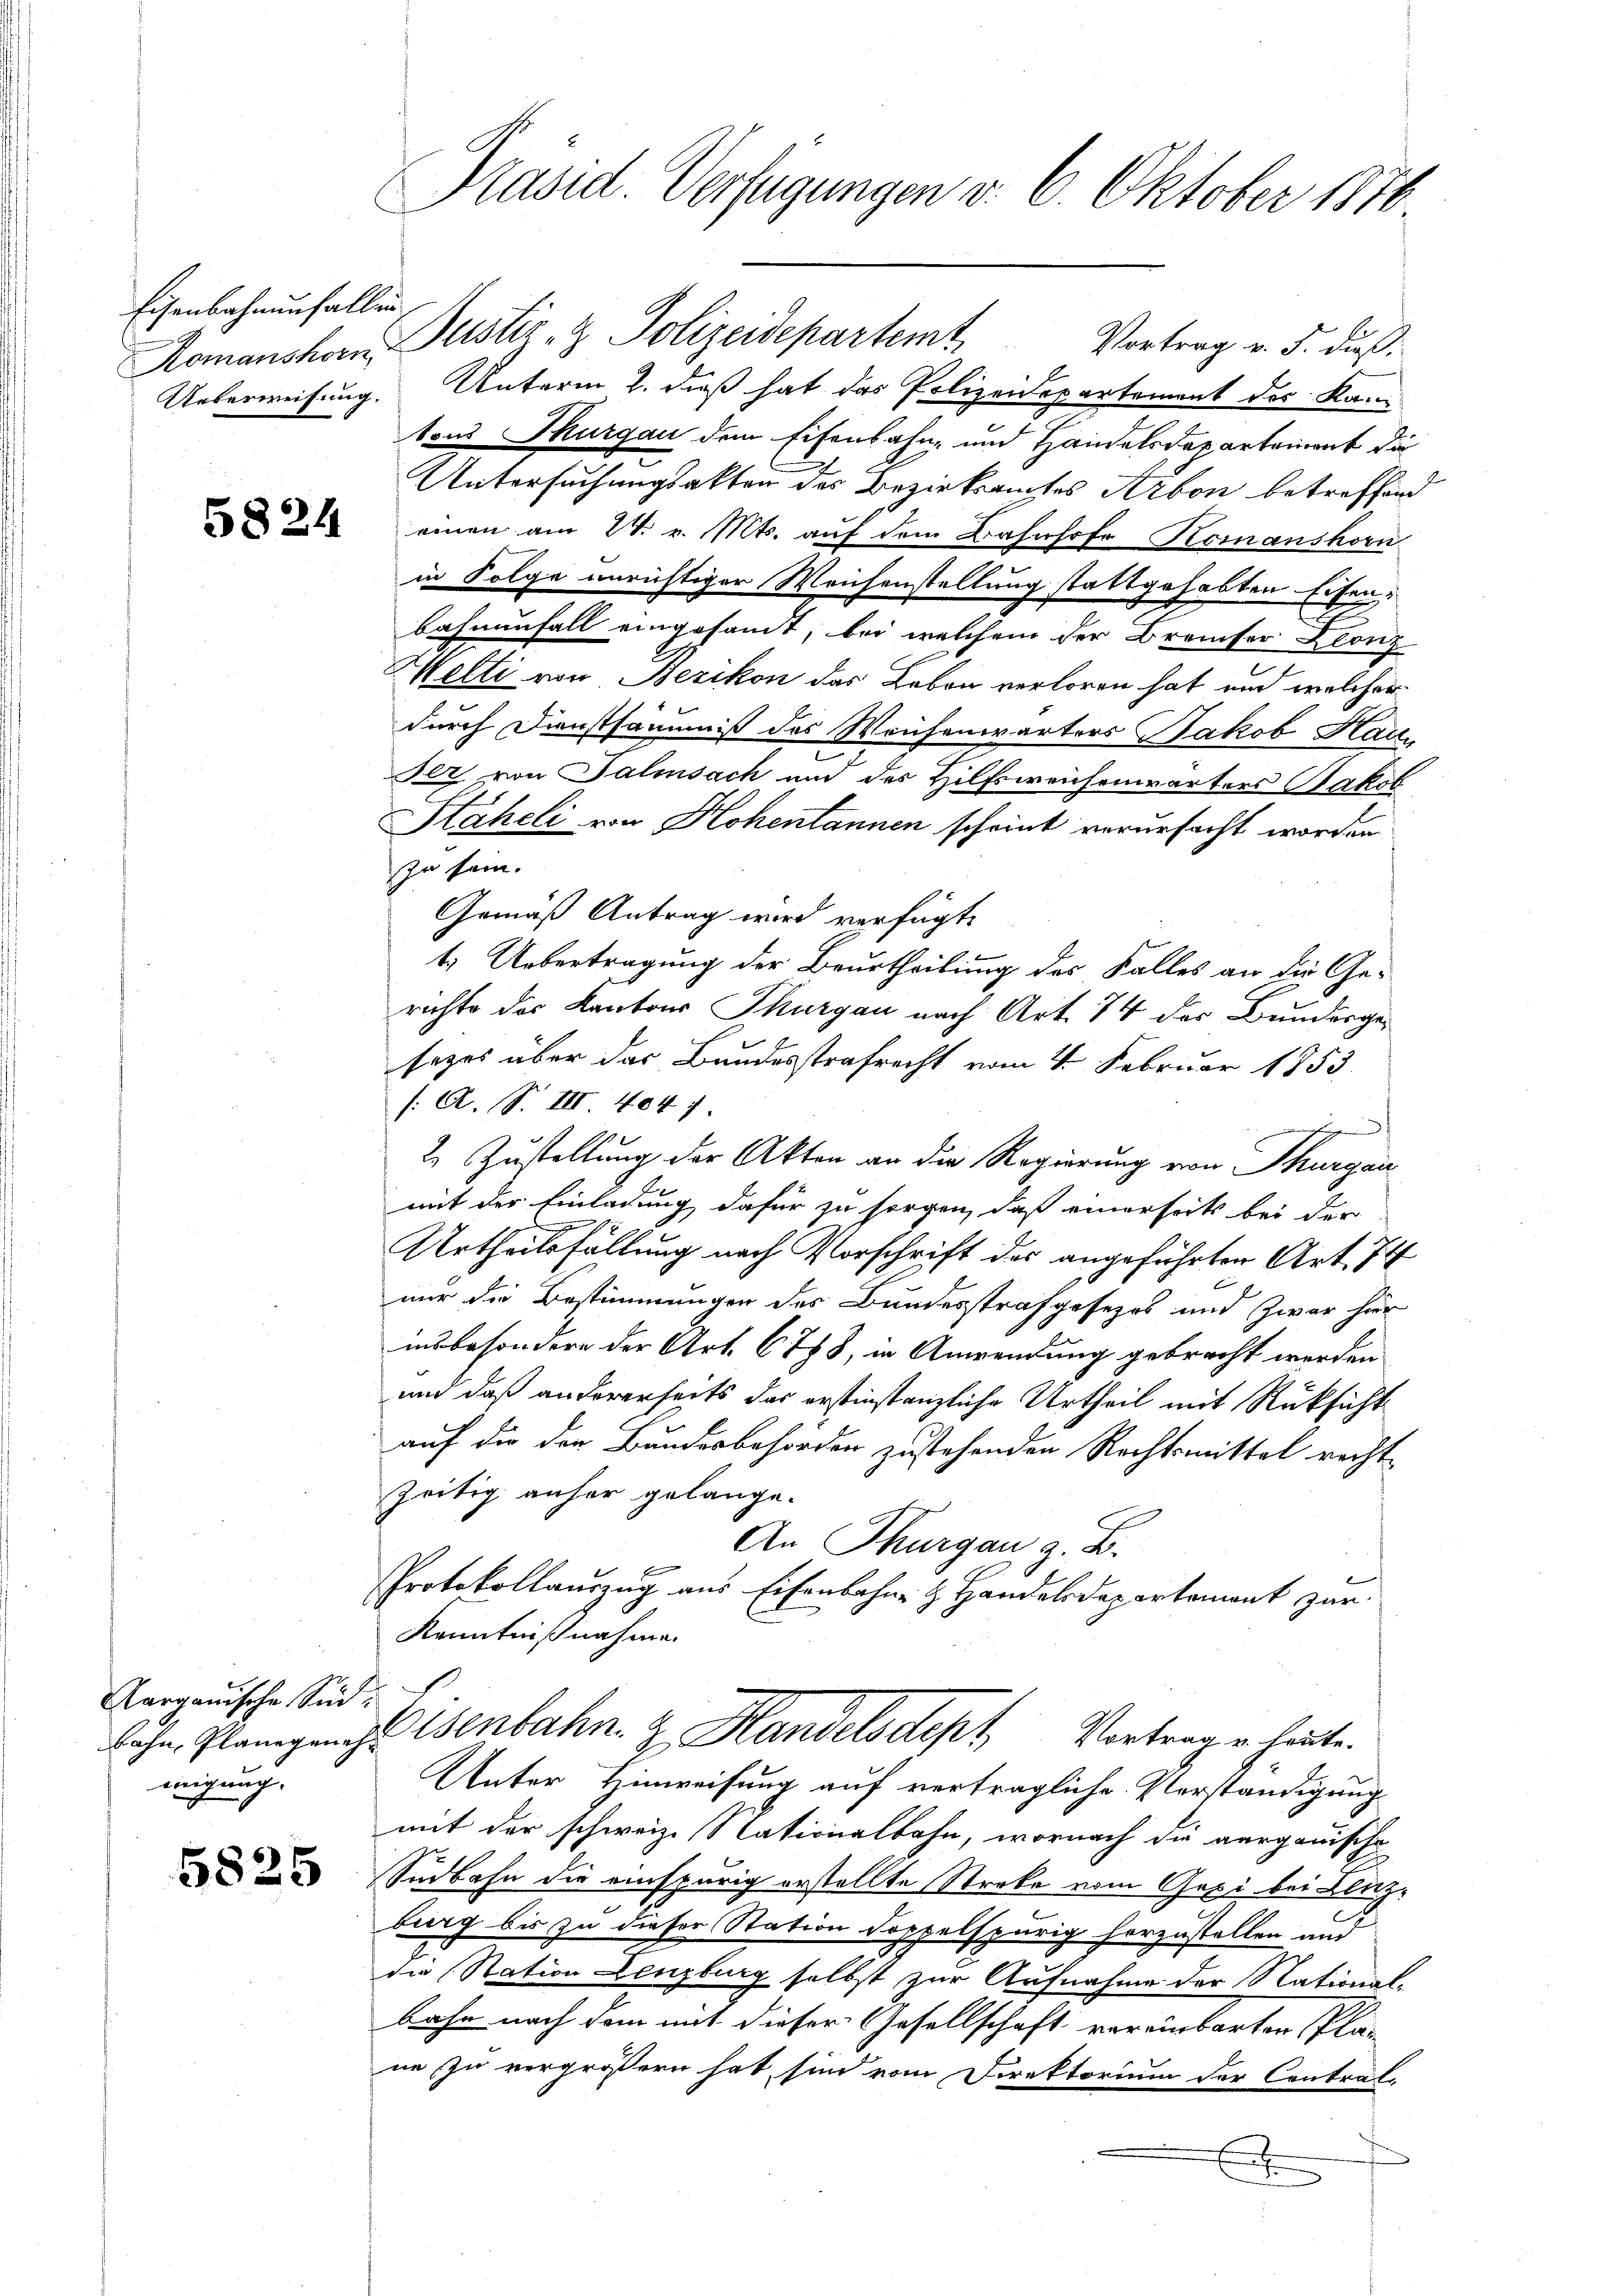
Eisenbahnenfallen
n

5824

Aargauische Sic
migung.

5825

Präsid. Verfügungen v. 6. Oktober 1870

Vortrag v. 5. dieß¬
Romanshan, Gustiz- & Polizeidepartemt,
Ueberweisung. Unterm 2. daß hat das Polizeidepartement der Kantons Thurgau dem Eisenbahn- und Handelsdepartement die
Untersuchungsakten des Bezirksamtes Arbon betreffen
einen am 24. v. Mts. auf dem Bahnhofe Komanshorn
in Folge unrichtiger Weichenstellung stattgehabten Eisen:
bahnenfall eingesamt, bei welchem der Breiser Leonz
Melti von Bezikon das Leben verloren hat und welcher
durch Dunstsäumis des Waisenwärters Jakob Hart
Iez von Salisach und des Hilfsweichenwärters Jakob
Stäheli von Hohentannen scheint verursacht worden
zu sein.
Gemäß Antrag wird verfügt:
t. Uebertragung der Beurtheilung des Falles an die Ge-
richte des Kantons Thurgau nach Art. 74 der Bundergesezes über das Bundesstrafrecht vom 4. Februar 1853
/: A. S. III 4041.
2. Zustellung der Akten an die Regierung von Thurgau
mit der Einladung dafür zu sorgen, daß einerseits bei der
Urtheilsfällung nach Vorschrift des angeführten Art. 74
nur die Bestimmungen des Bundesstrafgesetzes und Zwar hier
insbesondere der Art. 6788, in Anwendung gebracht werden
und daß andererseits das erstinstanzliche Urtheil mit Rüksicht
auf die der Bundesbehörden zustehenden Rechtsmittel recht
zeitig anher gelange.
An Thurgau z. B.
Protokollauszug aus Eisenbahn & Handelsdepartemont zur
Kenntnißnahme.
Bahn, Plangene Tenbahn z. Handelsdept Vortrag u. laute.
Unter Hinweisung auf vertragliche Verständigung
mit der schweiz. Nationalbahn, wornach die aarganische
Südbahn die einspurig erstellte Streke vom Gepi bei Blutzburg bis zu dieser Station doppelspurig herzustellen und
die Station Lenzburg selbst zur Aufnahme der Nationst.
bahn nach dem mit dieser Gesellschaft vereinbarten Plan
ne zu vergrößern hat sind vom Direktorium der Contral-